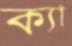
ক্যা